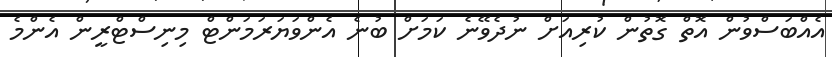
އެއްބަސްވުން އޮތް ގޮތުން ކުރިއަށް ނުދެވޭނެ ކަމަށް ބުނެ އެންވަޔަރަމަންޓް މިނިސްޓްރީން އެންމެ